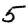
Digit: 5